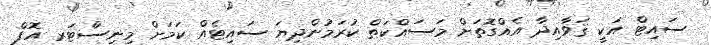
ސައިޓް އަކީ ޤަވާއިދާ އެއްގޮތަށް މަސައްކަތް ކުރަމުންދިޔަ ސައިޓެއް ކަމަށް މިނިސްޓަރ އޮފް